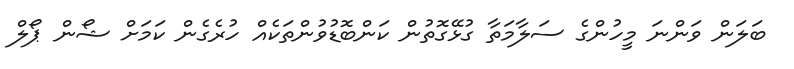
ބަލަން ވަންނަ މީހުންގެ ސަލާމަތާ ގުޅޭގޮތުން ކަންބޮޑުވުންތަކެއް ހުރެގެން ކަމަށް ޝޯން ޕޯލް